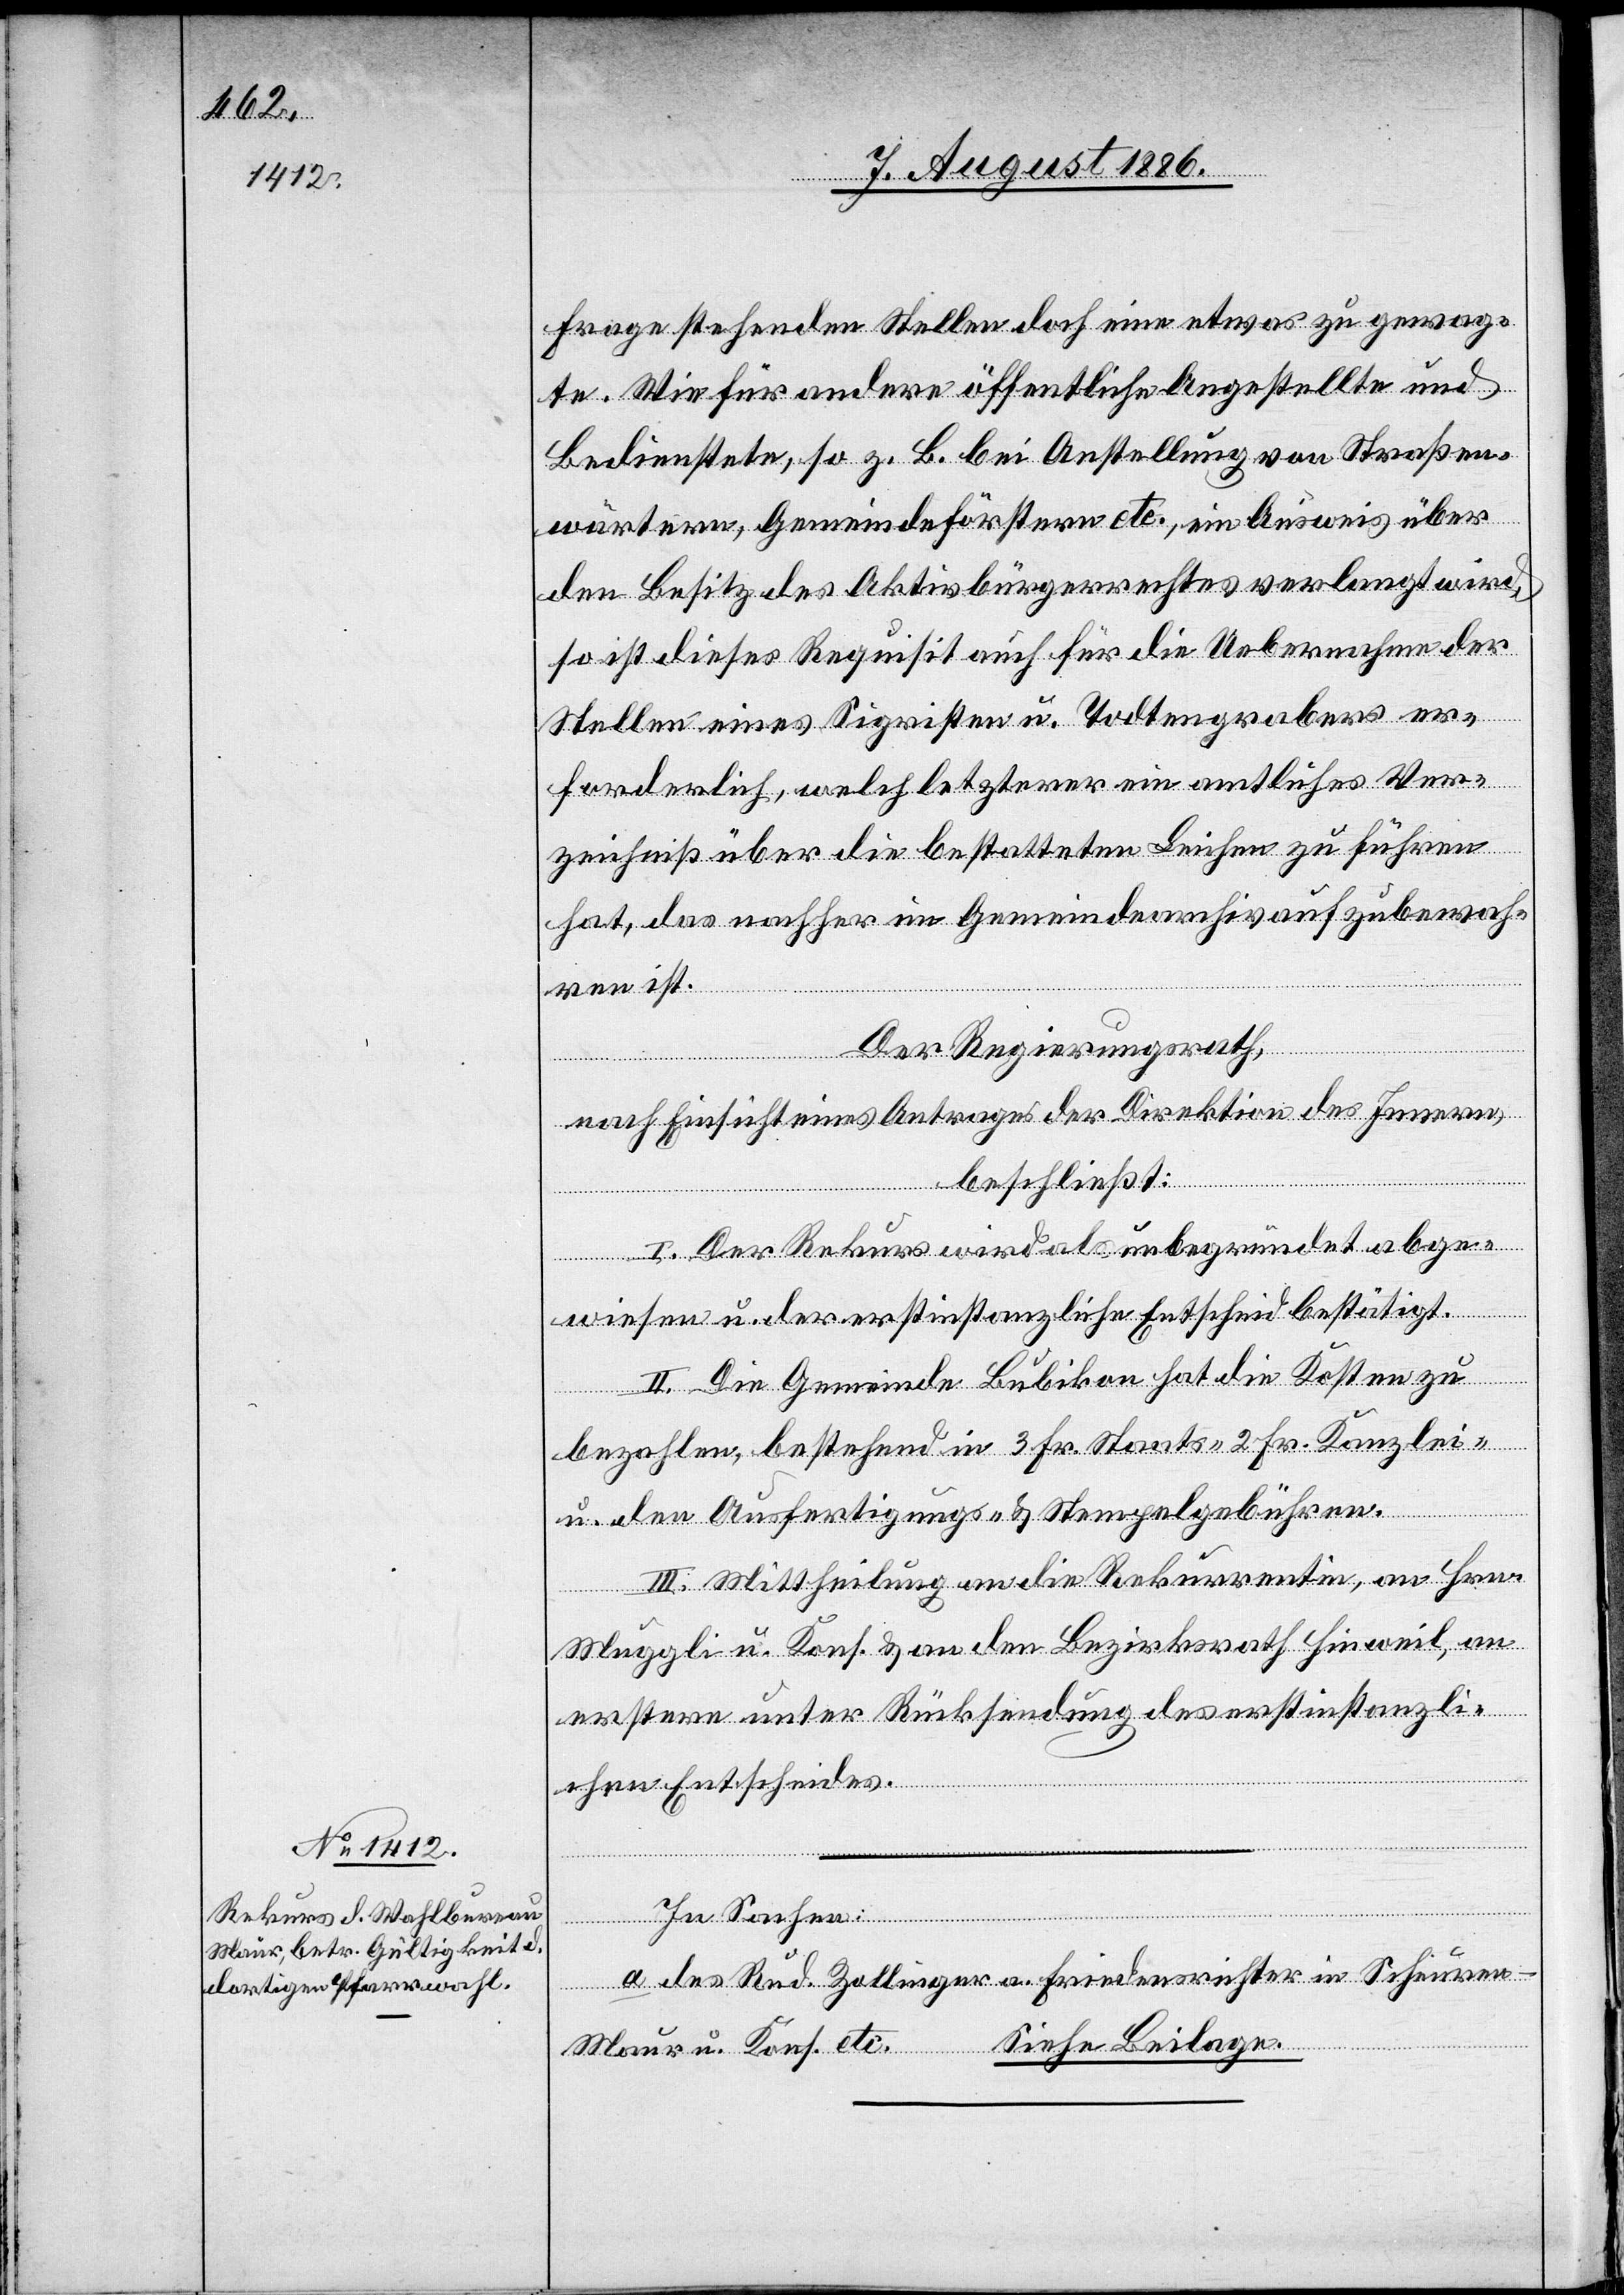
Frage stehenden Stellen doch eine etwas zu gewag¬
te. Wie für andere öffentliche Angestellte und
Bedienstete, so z. B. bei Anstellung von Straßen¬
wärtern, Gemeindeförstern etc., ein Ausweis über
den Besitz des Aktivbürgerrechtes verlangt wird,
so ist dieses Requisit auch für die Uebernahme der
Stellen eines Sigristen u. Todtengrabers [r¬
forderlich, welch letzterer ein amtliches Ver¬
zeichniß über die bestatteten Leichen zu führen
hat, das nachher im Gemeindearchiv aufzubewah¬
ren ist.
Der Regierungsrath,
nach Einsicht eines Antrages der Direktion des Innern,
beschließt:
I. Der Rekurs wird als unbegründet abge¬
wiesen u. der erstinstanzliche Entscheid bestätigt.
II. Die Gemeinde Bubikon hat die Kosten zu
bezahlen, bestehend in 3 Fr. Staats-, 2 Fr. Kanzlei-
u. den Ausfertigungs- & Stempelgebühren.
III. Mittheilung an die Rekurrentin, an Hrn.
Muggli u. Kons. & an den Bezirksrath Hinweil, an
erstere unter Rücksendung des erstinstanzli¬
chen Entscheides.
ecte: Todtengräbers]
er¬